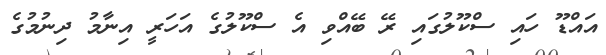
އައްޑޫ ހައި ސްކޫލުގައި ރޭ ބޭއްވި އެ ސްކޫލުގެ އަހަރީ އިނާމު ދިނުމުގެ